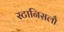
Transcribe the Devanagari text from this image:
स्टानिसलौ